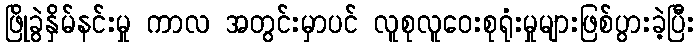
ဖြိုခွဲနှိမ်နင်းမှု ကာလ အတွင်းမှာပင် လူစုလူဝေးစုရုံးမှုများဖြစ်ပွားခဲ့ပြီး